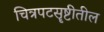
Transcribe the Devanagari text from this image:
चित्रपटसॄष्टीतील